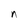
Character: n